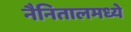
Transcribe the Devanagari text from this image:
नैनितालमध्ये